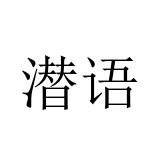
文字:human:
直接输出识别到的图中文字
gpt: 潜语